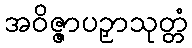
အဝိဇ္ဇာပဉှာသုတ္တံ